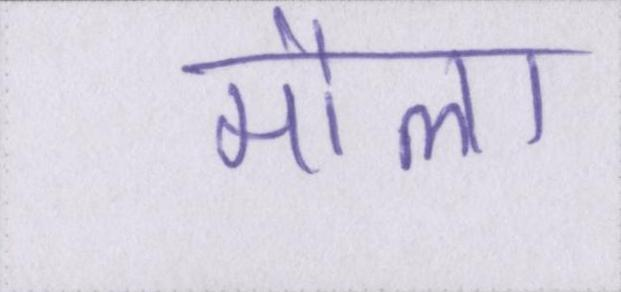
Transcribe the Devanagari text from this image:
मौला